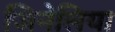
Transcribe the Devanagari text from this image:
जिनेलिया